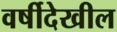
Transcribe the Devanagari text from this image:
वर्षीदेखील